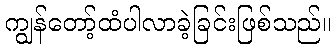
ကျွန်တော့်ထံပါလာခဲ့ခြင်းဖြစ်သည်။